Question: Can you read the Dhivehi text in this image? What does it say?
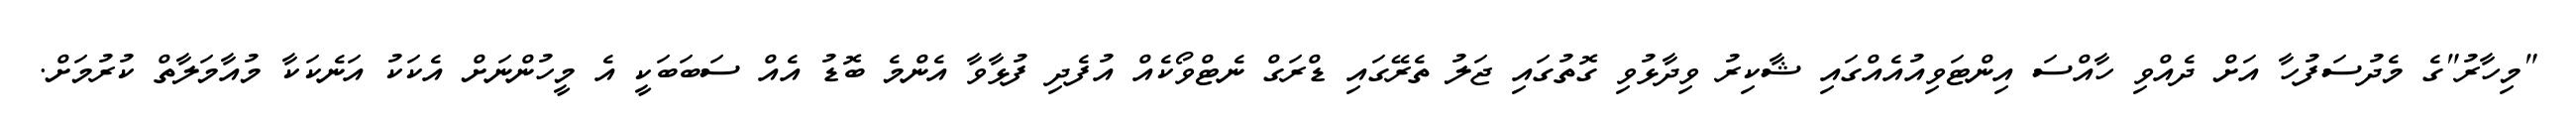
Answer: "މިހާރު"ގެ މެދުސަފުހާ އަށް ދެއްވި ހާއްސަ އިންޓަވިއުއެއްގައި ޝާކިރު ވިދާޅުވި ގޮތުގައި ޖަލު ތެރޭގައި ޑްރަގް ނެޓްވޯކެއް އުފެދި ފުޅާވާ އެންމެ ބޮޑު އެއް ސަބަބަކީ އެ މީހުންނަށް އެކަކު އަނެކަކާ މުއާމަލާތް ކުރުމަށް.